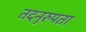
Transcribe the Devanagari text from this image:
तदनुरुपता